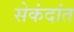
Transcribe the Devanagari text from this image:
सेकंदांत